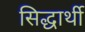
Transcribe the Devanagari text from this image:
सिद्धार्थी